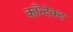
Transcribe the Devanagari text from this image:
काँन्टेक्ट